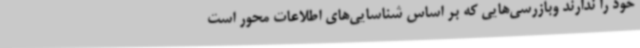
خود را ندارند وبازرسی‌هایی که بر اساس شناسایی‌های اطلاعات‌ محور است